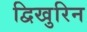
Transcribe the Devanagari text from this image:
द्विखुरिन